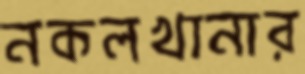
নকলখানার